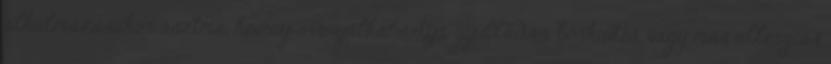
alkalmazásakor asztma, heveny orrnyálkahártya gyulladás, bőrkiütés, vagy más allergiás